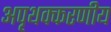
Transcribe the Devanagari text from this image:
अपृथक्करणीय